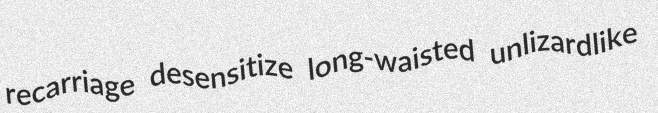
recarriage desensitize long-waisted unlizardlike